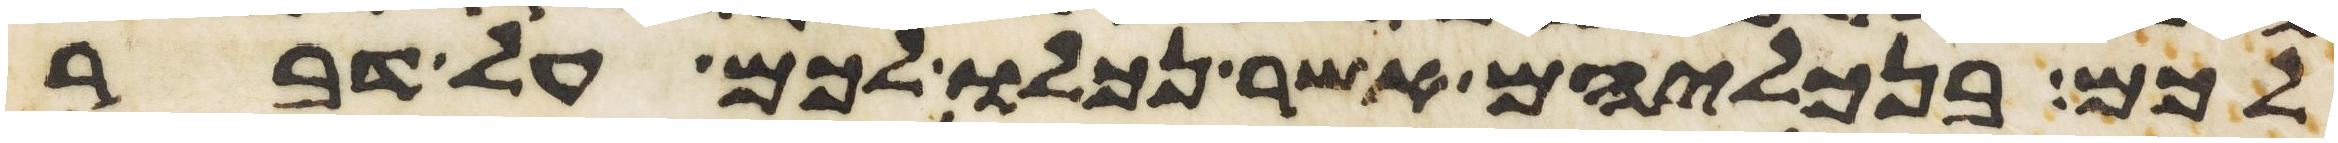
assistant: לכם בנכליהם אשר נכלו לכם על דבר